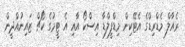
ރެއާލް މެޑްރިޑްގެ އެޓޭކިން މިޑްފީލްޑާ އިސްކޯ އާއި އެ ޓީމުގެ ކޯޗް ޒައިނުއްދީން